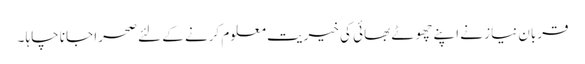
قربان نیاز نے اپنے چھوٹے بھائی کی خیریت معلوم کرنے کے لئے صحرا جانا چاہا ۔